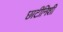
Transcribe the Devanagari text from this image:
छाटीनिशी